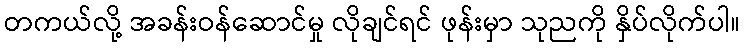
တကယ်လို့ အခန်းဝန်ဆောင်မှု လိုချင်ရင် ဖုန်းမှာ သုညကို နှိပ်လိုက်ပါ။